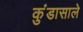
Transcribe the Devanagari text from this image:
कुंडासाले